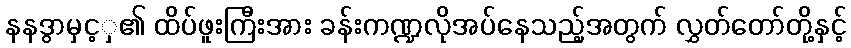
နနဒွာမှင့ှ၏ ထိပ်ဖူးကြီးအား ခန်းကဏ္ဍလိုအပ်နေသည့်အတွက် လွှတ်တော်တို့နှင့်